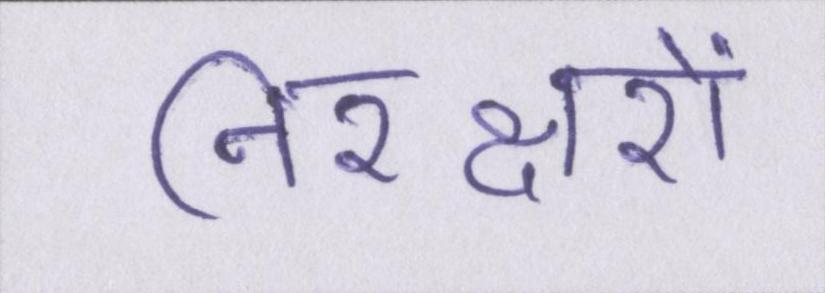
निरक्षरों